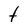
Character: t